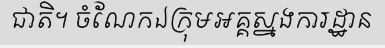
ជាតិ។ ចំណែកឯក្រុមអគ្គស្នងការដ្ឋាន